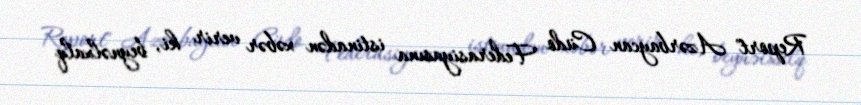
Report" Azərbaycan Cüdo Federasiyasına istinadən xəbər verir ki, beynəlxalq